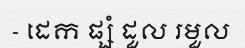
- ដេក ផ្សំ ដួល រមួល